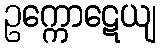
ဥက္ကောဋေယျ